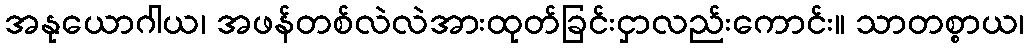
အနုယောဂါယ၊ အဖန်တစ်လဲလဲအားထုတ်ခြင်းငှာလည်းကောင်း။ သာတစ္စာယ၊